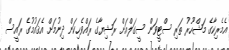
އެމެރިކާގެ މަޝްހޫރު ތަރި ސްޓީވަން ސީގަލްއަށް ރަޝިޔާގެ ރައްވެހިކަން ދިނުމަށް އެޤައުމުގެ ރައީސް